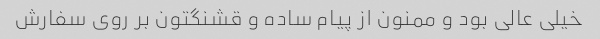
خیلی عالی بود و ممنون از پیام ساده و قشنگتون بر روی سفارش